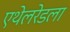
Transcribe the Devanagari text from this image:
एथेलरेडला